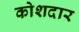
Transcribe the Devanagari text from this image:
कोशदार